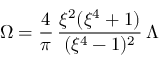
\Omega = \frac { 4 } { \pi } \, \frac { \xi ^ { 2 } ( \xi ^ { 4 } + 1 ) } { ( \xi ^ { 4 } - 1 ) ^ { 2 } } \, \Lambda